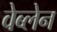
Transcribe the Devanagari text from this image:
वेब्लेन